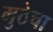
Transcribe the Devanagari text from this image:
मुठेचा